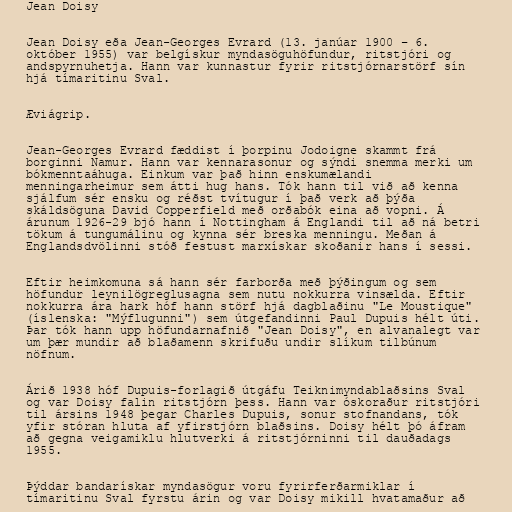
Jean Doisy

Jean Doisy eða Jean-Georges Evrard (13. janúar 1900 – 6.
október 1955) var belgískur myndasöguhöfundur, ritstjóri og
andspyrnuhetja. Hann var kunnastur fyrir ritstjórnarstörf sín
hjá tímaritinu Sval.

Æviágrip.

Jean-Georges Evrard fæddist í þorpinu Jodoigne skammt frá
borginni Namur. Hann var kennarasonur og sýndi snemma merki um
bókmenntaáhuga. Einkum var það hinn enskumælandi
menningarheimur sem átti hug hans. Tók hann til við að kenna
sjálfum sér ensku og réðst tvítugur í það verk að þýða
skáldsöguna David Copperfield með orðabók eina að vopni. Á
árunum 1926-29 bjó hann í Nottingham á Englandi til að ná betri
tökum á tungumálinu og kynna sér breska menningu. Meðan á
Englandsdvölinni stóð festust marxískar skoðanir hans í sessi.

Eftir heimkomuna sá hann sér farborða með þýðingum og sem
höfundur leynilögreglusagna sem nutu nokkurra vinsælda. Eftir
nokkurra ára hark hóf hann störf hjá dagblaðinu "Le Moustique"
(íslenska: "Mýflugunni") sem útgefandinni Paul Dupuis hélt úti.
Þar tók hann upp höfundarnafnið "Jean Doisy", en alvanalegt var
um þær mundir að blaðamenn skrifuðu undir slíkum tilbúnum
nöfnum.

Árið 1938 hóf Dupuis-forlagið útgáfu Teiknimyndablaðsins Sval
og var Doisy falin ritstjórn þess. Hann var óskoraður ritstjóri
til ársins 1948 þegar Charles Dupuis, sonur stofnandans, tók
yfir stóran hluta af yfirstjórn blaðsins. Doisy hélt þó áfram
að gegna veigamiklu hlutverki á ritstjórninni til dauðadags
1955.

Þýddar bandarískar myndasögur voru fyrirferðarmiklar í
tímaritinu Sval fyrstu árin og var Doisy mikill hvatamaður að